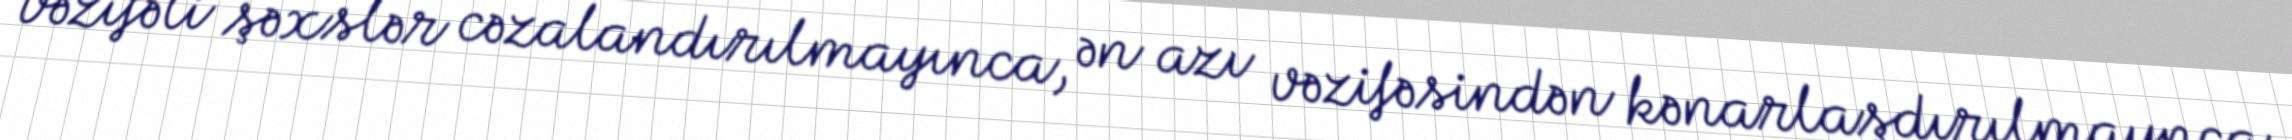
vəzifəli şəxslər cəzalandırılmayınca, ən azı vəzifəsindən kənarlaşdırılmaynca,